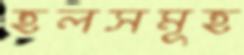
হলসমূহ